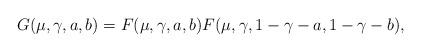
LaTeX: \begin{align*}G(\mu,\gamma,a,b)=F(\mu,\gamma,a,b)F(\mu,\gamma,1-\gamma-a,1-\gamma-b),\end{align*}